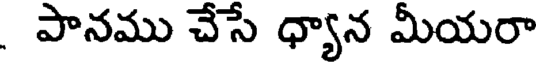
పానము చేసే ధ్యాన మీయరా